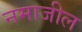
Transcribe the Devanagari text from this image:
नमाजील